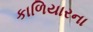
કાળિયારના